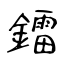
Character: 鐳